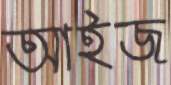
আইজ